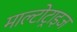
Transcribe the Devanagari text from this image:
माल्टोट्राइज